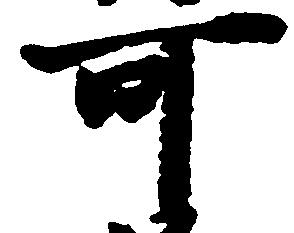
可